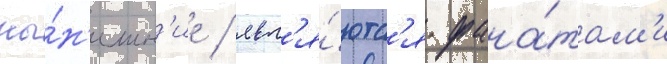
ны́н'ешн'ие / явл'я́ютс'я фана́там'и